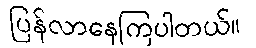
ပြန်လာနေကြပါတယ်။